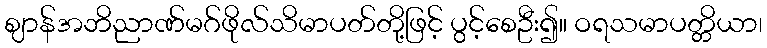
ဈာန်အဘိညာဏ်မဂ်ဖိုလ်သိမာပတ်တို့ဖြင့် ပွင့်စေဦး၍။ ဝရသမာပတ္တိယာ၊